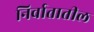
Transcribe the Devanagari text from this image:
निर्वातातील